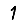
Digit: 1